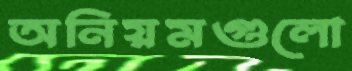
অনিয়মগুলো